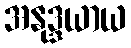
အနုဒ္ဒယာယ